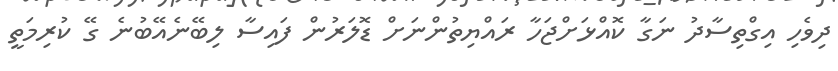
ދިވެހި އިގްތިސާދު ނަގާ ކޮއްޅަށްޖަހާ ރައްޔިތުންނަށް ޑޮލަރުން ފައިސާ ލިބޭނެއޭބުނެ ގޭ ކުރިމަތީ